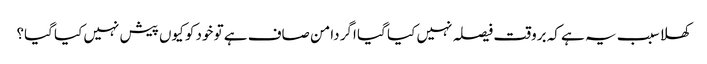
کھلا سبب یہ ہے کہ بروقت فیصلہ نہیں کیا گیا اگر دامن صاف ہے تو خود کو کیوں پیش نہیں کیا گیا؟